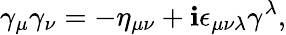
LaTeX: \gamma_{\mu}\gamma_{\nu}=-\eta_{\mu\nu}+\mathbf{i}\epsilon_{\mu\nu\lambda}\gamma^{\lambda},